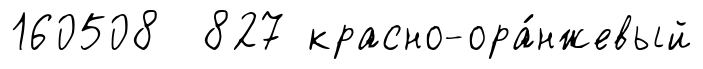
160508 827 красно-ора́нжевый